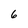
Character: 6